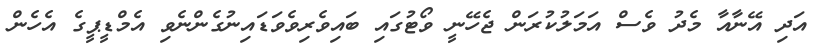
އަދި އޭނާއާ މެދު ވެސް އަމަލުކުރަން ޖެހޭނީ ވޯޓުގައި ބައިވެރިވެވަޑައިނުގެންނެވި އެމްޑީޕީގެ އެހެން